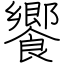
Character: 饗